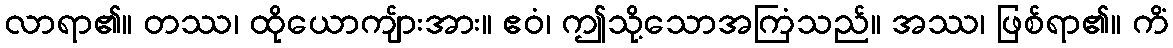
လာရာ၏။ တဿ၊ ထိုယောကျ်ားအား။ ဧဝံ၊ ဤသို့သောအကြံသည်။ အဿ၊ ဖြစ်ရာ၏။ ကိံ